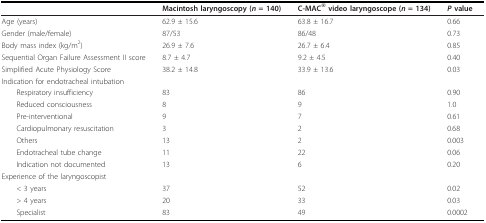
<table><thead><tr><td></td><td><b>Macintosh laryngoscopy (<i>n </i>= 140)</b></td><td><b>C-MAC<sup>® </sup>video laryngoscope (<i>n </i>= 134)</b></td><td><b><i>P </i>value</b></td></tr></thead><tbody><tr><td>Age (years)</td><td>62.9 ± 15.6</td><td>63.8 ± 16.7</td><td>0.66</td></tr><tr><td>Gender (male/female)</td><td>87/53</td><td>86/48</td><td>0.73</td></tr><tr><td>Body mass index (kg/m<sup>2</sup>)</td><td>26.9 ± 7.6</td><td>26.7 ± 6.4</td><td>0.85</td></tr><tr><td>Sequential Organ Failure Assessment II score</td><td>8.7 ± 4.7</td><td>9.2 ± 4.5</td><td>0.40</td></tr><tr><td>Simplified Acute Physiology Score</td><td>38.2 ± 14.8</td><td>33.9 ± 13.6</td><td>0.03</td></tr><tr><td>Indication for endotracheal intubation</td><td></td><td></td><td></td></tr><tr><td> Respiratory insufficiency</td><td>83</td><td>86</td><td>0.90</td></tr><tr><td> Reduced consciousness</td><td>8</td><td>9</td><td>1.0</td></tr><tr><td> Pre-interventional</td><td>9</td><td>7</td><td>0.61</td></tr><tr><td> Cardiopulmonary resuscitation</td><td>3</td><td>2</td><td>0.68</td></tr><tr><td> Others</td><td>13</td><td>2</td><td>0.003</td></tr><tr><td> Endotracheal tube change</td><td>11</td><td>22</td><td>0.06</td></tr><tr><td> Indication not documented</td><td>13</td><td>6</td><td>0.20</td></tr><tr><td>Experience of the laryngoscopist</td><td></td><td></td><td></td></tr><tr><td> &lt; 3 years</td><td>37</td><td>52</td><td>0.02</td></tr><tr><td> &gt; 4 years</td><td>20</td><td>33</td><td>0.03</td></tr><tr><td> Specialist</td><td>83</td><td>49</td><td>0.0002</td></tr></tbody></table>